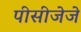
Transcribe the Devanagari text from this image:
पीसीजेजे